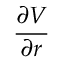
\frac { \partial V } { \partial r }